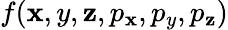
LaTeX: f(\mathbf{x},y,\mathbf{z},p_{\mathbf{x}},p_{y},p_{\mathbf{z}})